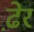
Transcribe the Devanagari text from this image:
ढे़र